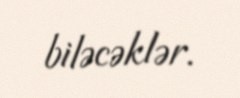
biləcəklər.